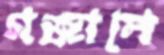
গজালে